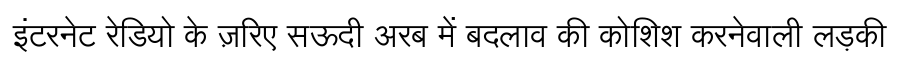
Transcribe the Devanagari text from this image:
इंटरनेट रेडियो के ज़रिए सऊदी अरब में बदलाव की कोशिश करनेवाली लड़की